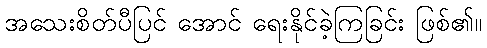
အသေးစိတ်ပီပြင် အောင် ရေးနိုင်ခဲ့ကြခြင်း ဖြစ်၏။